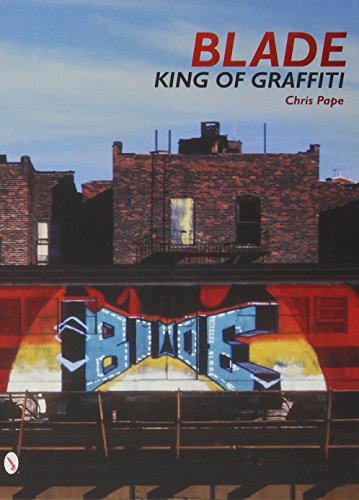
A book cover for Blade: King of Graffiti; Steven Ogburn; Arts & Photography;